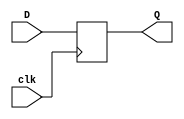
module DFF (
    input wire clk,
    input wire D,
    output reg Q
);


always @(negedge clk)  begin
    /* case (D)
        1'b0 : Q <=1'b0; 
        1'b1 : Q <=1'b1; 
    endcase; */
    Q <= D;


end
endmodule